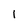
Character: I